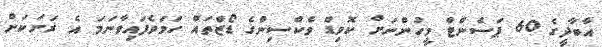
އާބާދީގެ 60 ޕަސެންޓް މީހުންނަށް ކޮވިޑް ވެކްސިންގެ ޑޯޒްތައް ހަމަވެފައިވާނަމަ އެ ރަށަކަށް